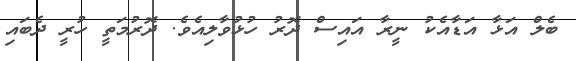
ބެލް އަޅާ އަޑާއެކު ނީރާ އައިސް ދޮރު ހުޅުވާލިއެވެ. ދޮރުމަތީ ހުރީ ދެބައި